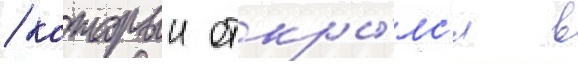
/ которыи откры́лс'я в